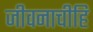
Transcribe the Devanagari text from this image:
जीवनाचीहि